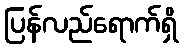
ပြန်လည်ရောက်ရှိ